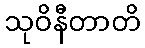
သုဝိနီတာတိ